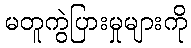
မတူကွဲပြားမှုများကို